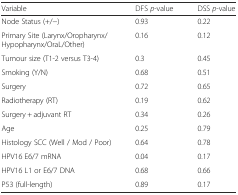
| Variable | DFS p-value | DSS p-value |
 | --- | --- | --- |
 | Node Status (+/−) | 0.93 | 0.22 |
 | Primary Site (Larynx/Oropharynx/Hypopharynx/OraL/Other) | 0.16 | 0.12 |
 | Tumour size (T1-2 versus T3-4) | 0.3 | 0.45 |
 | Smoking (Y/N) | 0.68 | 0.51 |
 | Surgery | 0.72 | 0.65 |
 | Radiotherapy (RT) | 0.19 | 0.62 |
 | Surgery + adjuvant RT | 0.34 | 0.26 |
 | Age | 0.25 | 0.79 |
 | Histology SCC (Well / Mod / Poor) | 0.64 | 0.78 |
 | HPV16 E6/7 mRNA | 0.04 | 0.17 |
 | HPV16 L1 or E6/7 DNA | 0.68 | 0.66 |
 | P53 (full-length) | 0.89 | 0.17 |